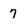
Character: 7